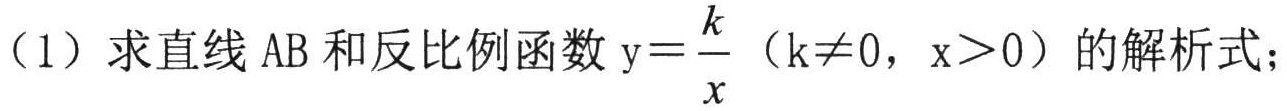
(1) 求直线 \(AB\) 和反比例函数 \(y = \frac{k}{x}\)（\(k\neq0\), \(x > 0\)）的解析式；